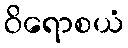
ဝိရောစယံ